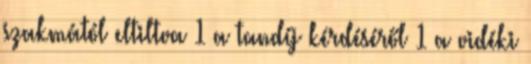
szakmától eltiltva 1 a tandíj kérdéséről 1 a vidéki